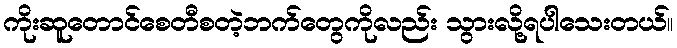
ကိုးဆူတောင်စေတီစတဲ့ဘက်တွေကိုလည်း သွားလို့ရပါသေးတယ်။